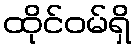
ထိုင်ဝမ်ရှိ